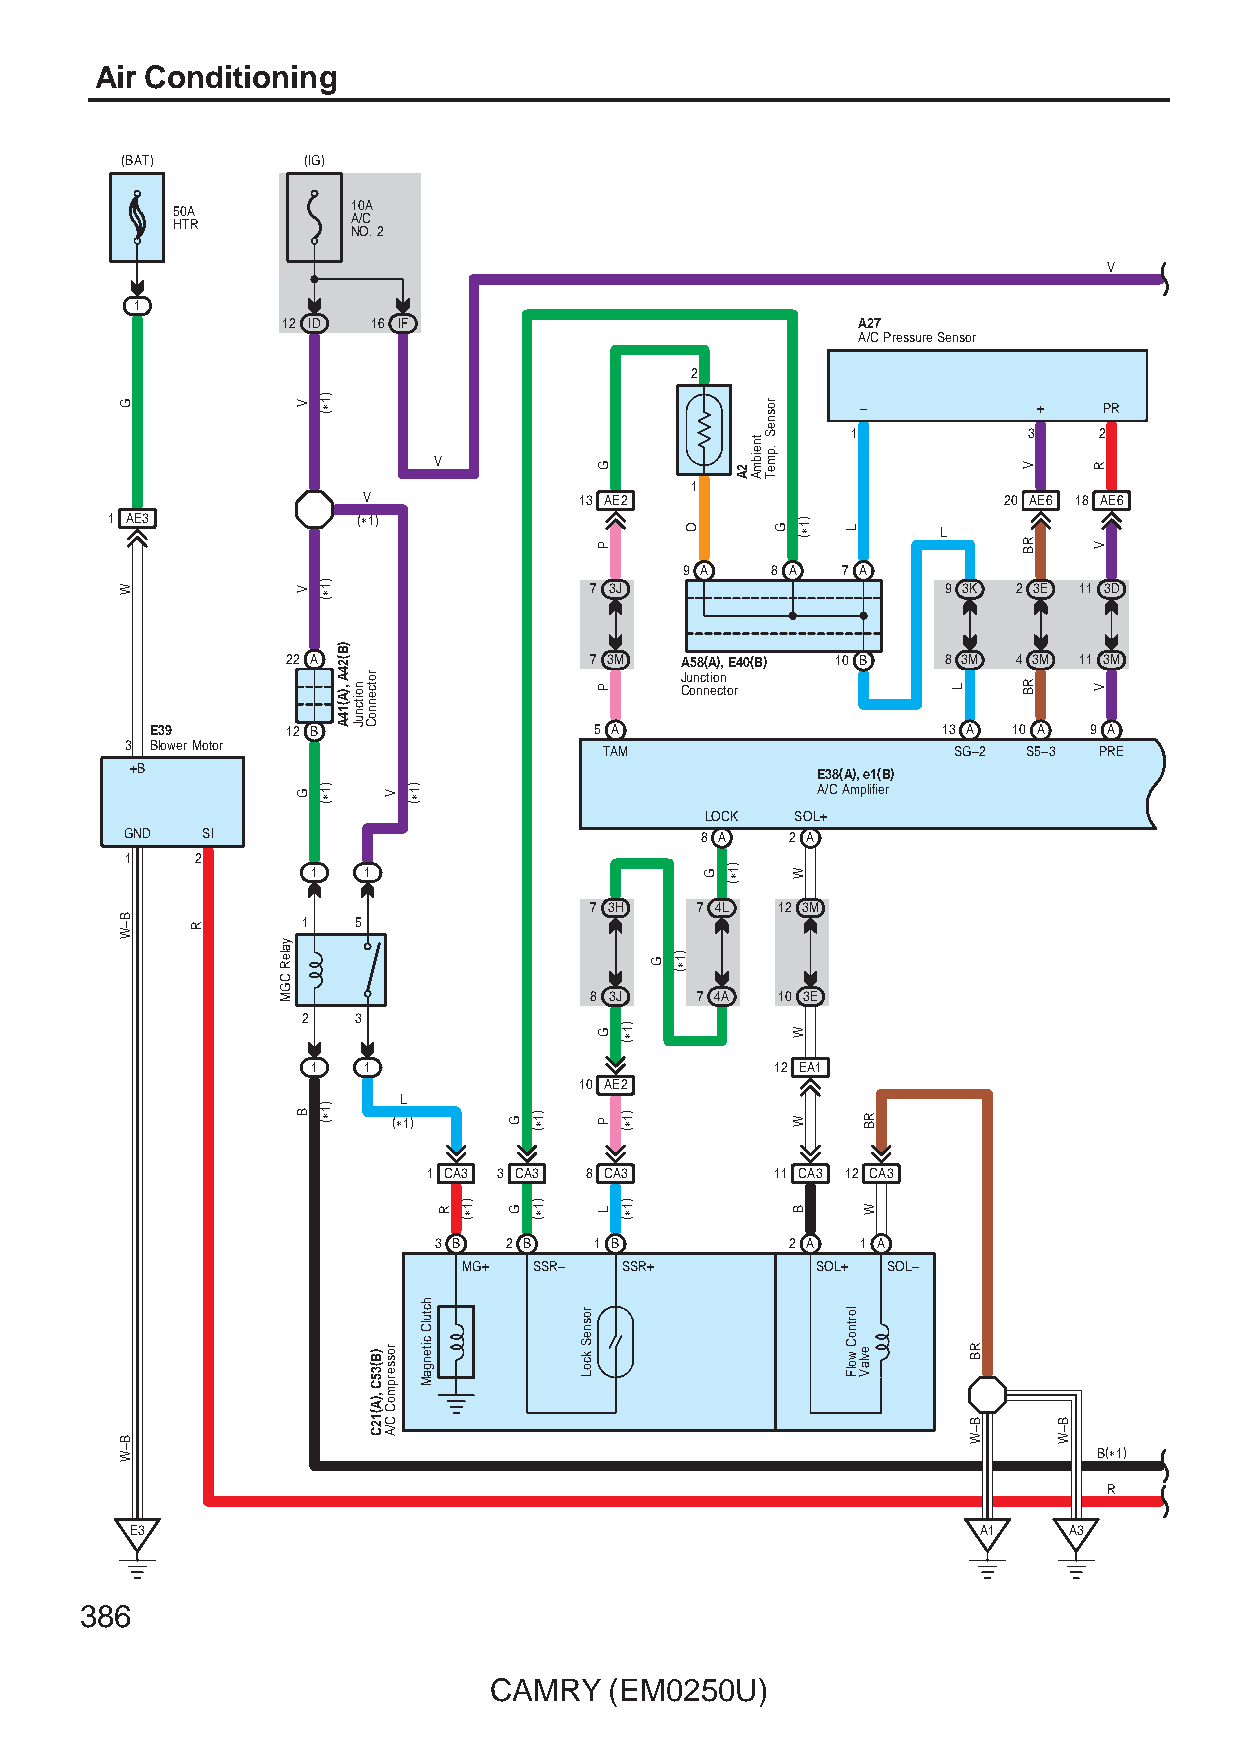
Air Conditioning
 (BAT)       (IG)
 50A         10A
 HTR         A/C
 NO. 2
 V
 1
 12 ID 16 IF                           A27
 A/C Pressure Sensor
 2
 –           +   PR
 1           3    2
 V
 1
 V             13 AE2                      20 AE6 18 AE6
 1 AE3            (∗1)
 L
 9 A   8 A  7 A
 7 3J                    9 3K 2 3E 11 3D
 22 A                7 3M  A58(A), E40(B) 10 B 8 3M 4 3M 11 3M
 Junction
 Connector
 E39      12 B                5 A                    13 A 10 A 9 A
 3 Blower Motor                  TAM                    SG–2 S5–3 PRE
 +B                                           E38(A), e1(B)
 A/C Amplifier
 LOCK  SOL+
 GND  SI                               8 A   2 A
 1    2
 1  1
 7 3H   7 4L  12 3M
 1  5
 8 3J   7 4A  10 3E
 2  3
 1  1                          12 EA1
 10 AE2
 L
 (∗1)
 1 CA3 3 CA3 8 CA3      11 CA3 12 CA3
 3 B 2 B   1 B          2 A  1 A
 MG+ SSR–  SSR+         SOL+ SOL–
 B(∗1)
 R
 E3                                                      A1    A3
 386
 CAMRY   (EM0250U)
 G
 W
 B–W
 B–W
 R
 yaleR
 CGM
 V
 V
 G
 B
 )1∗(
 )1∗(
 )1∗(
 )1∗(
 )B(24A
 ,)A(14A noitcnuJ
 rotcennoC
 )B(35C
 ,)A(12C
 V
 rosserpmoC
 C/A
 )1∗(
 hctulC
 citengaM
 R )1∗(
 G
 G
 )1∗(
 )1∗(
 rosneS
 kcoL
 G
 P
 P
 G
 P
 L
 )1∗(
 )1∗(
 )1∗(
 G
 )1∗(
 O
 G )1∗(
 2A
 tneibmA
 rosneS
 .pmeT
 G
 )1∗(
 W
 W
 W
 B
 L
 lortnoC
 wolF
 RB
 W
 evlaV
 L
 RB
 B–W
 V
 RB
 RB
 B–W
 R
 V
 V